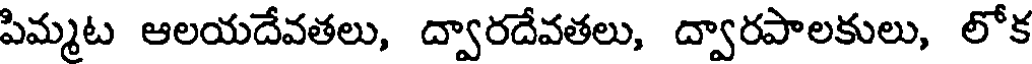
పిమ్మట ఆలయదేవతలు, ద్వారదేవతలు, ద్వారపాలకులు, లోక